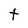
Character: t